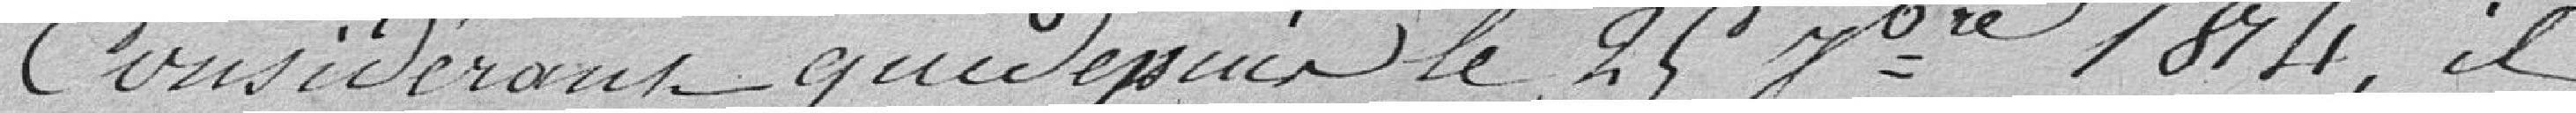
Considérant que depuis le 29 Nbre 1874, il